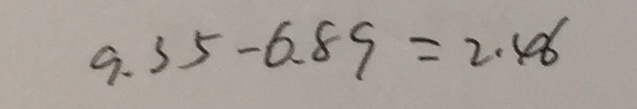
9 . 3 5 - 6 . 8 9 = 2 . 4 6